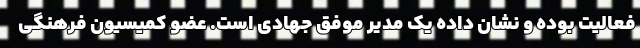
فعالیت بوده و نشان داده یک مدیر موفق جهادی است. عضو کمیسیون فرهنگی